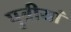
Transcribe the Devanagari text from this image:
पुत्रीयां